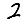
Digit: 2